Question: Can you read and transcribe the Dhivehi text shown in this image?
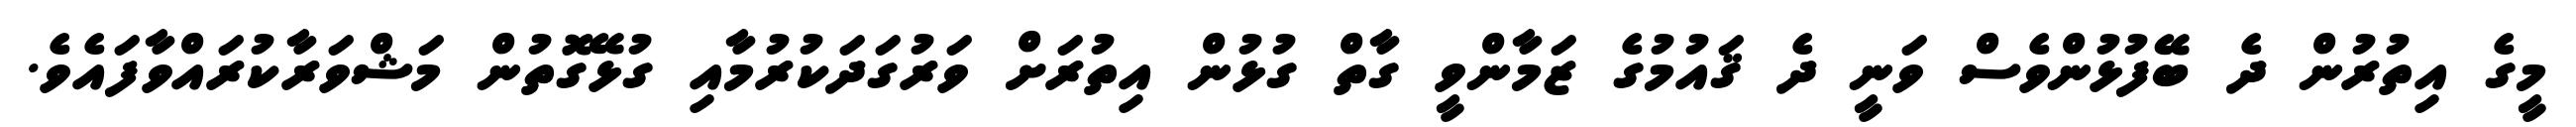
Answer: މީގެ އިތުރުން ދެ ބޭފުޅުންވެސް ވަނީ ދެ ޤައުމުގެ ޒަމާންވީ ގާތް ގުޅުން އިތުރަށް ވަރުގަދަކުރުމާއި ގުޅޭގޮތުން މަޝްވަރާކުރައްވާފައެވެ.